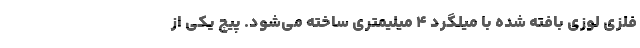
فلزی لوزی بافته شده با میلگرد ۴ میلیمتری ساخته می‌شود. پیچ یکی از